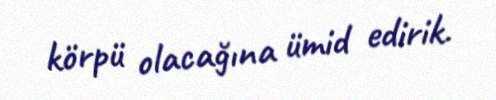
körpü olacağına ümid edirik.